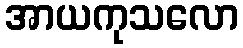
အာယကုသလော